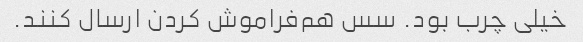
خیلی چرب بود. سس هم‌فراموش کردن ارسال کنند.